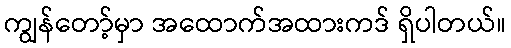
ကျွန်တော့်မှာ အထောက်အထားကဒ် ရှိပါတယ်။